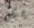
يمكن